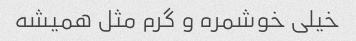
خیلی خوشمره و گرم مثل همیشه